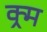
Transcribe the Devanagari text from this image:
क्र्म